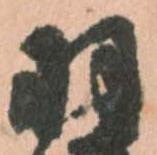
羽